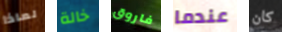
لماذا خالة فاروق عندما كان